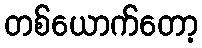
တစ်ယောက်တော့